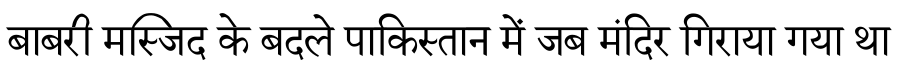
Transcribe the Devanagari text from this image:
बाबरी मस्जिद के बदले पाकिस्तान में जब मंदिर गिराया गया था